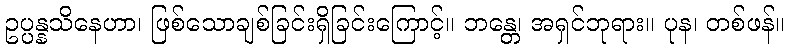
ဥပ္ပန္နသိနေဟာ၊ ဖြစ်သောချစ်ခြင်းရှိခြင်းကြောင့်။ ဘန္တေ၊ အရှင်ဘုရား။ ပုန၊ တစ်ဖန်။